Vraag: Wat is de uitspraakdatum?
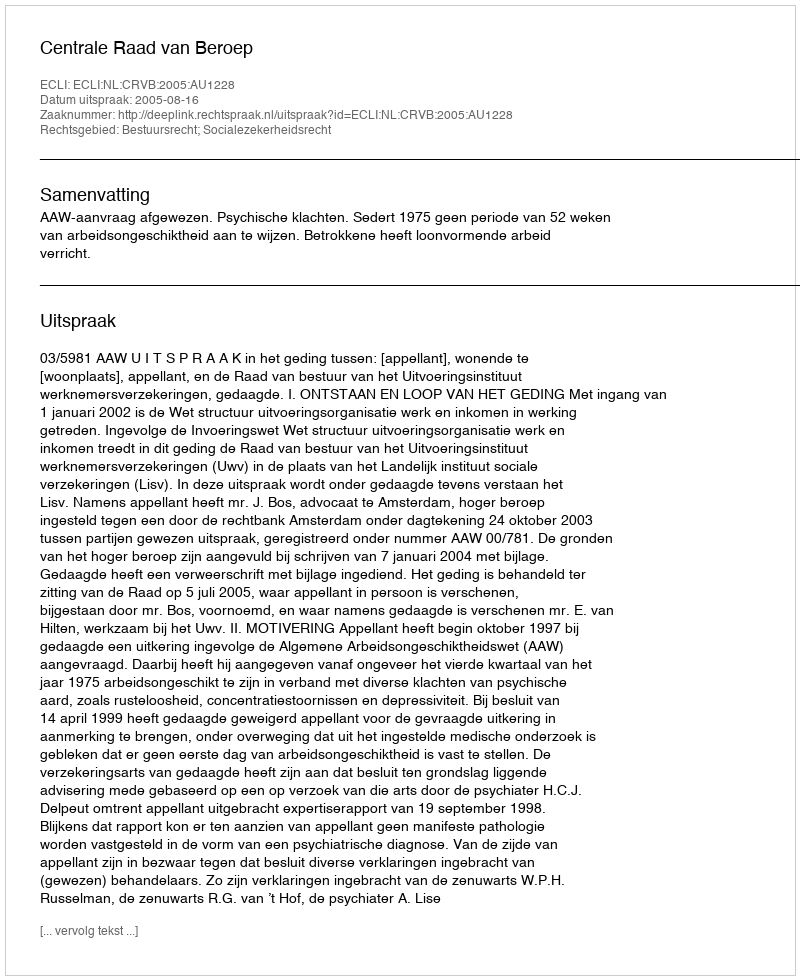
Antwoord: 2005-08-16